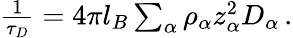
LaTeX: \begin{array}{r}{\frac{1}{\tau_{D}}=4\pi l_{B}\sum_{\alpha}\rho_{\alpha}z_{\alpha}^{2}D_{\alpha}\, .}\end{array}